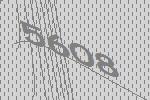
5608